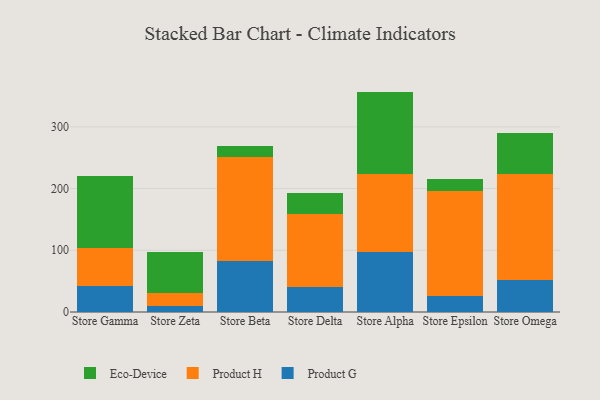
{"axis": {"x": "Store", "y": "Temperature (°C)"}, "legend": ["Eco-Device", "Product G", "Product H"], "data": [{"x": "Store Gamma", "y": 42.6, "type": "Product G"}, {"x": "Store Gamma", "y": 61.5, "type": "Product H"}, {"x": "Store Gamma", "y": 116.8, "type": "Eco-Device"}, {"x": "Store Zeta", "y": 10.5, "type": "Product G"}, {"x": "Store Zeta", "y": 20.8, "type": "Product H"}, {"x": "Store Zeta", "y": 65.6, "type": "Eco-Device"}, {"x": "Store Beta", "y": 83.4, "type": "Product G"}, {"x": "Store Beta", "y": 167.9, "type": "Product H"}, {"x": "Store Beta", "y": 17.0, "type": "Eco-Device"}, {"x": "Store Delta", "y": 41.2, "type": "Product G"}, {"x": "Store Delta", "y": 117.7, "type": "Product H"}, {"x": "Store Delta", "y": 34.6, "type": "Eco-Device"}, {"x": "Store Alpha", "y": 97.5, "type": "Product G"}, {"x": "Store Alpha", "y": 126.2, "type": "Product H"}, {"x": "Store Alpha", "y": 133.4, "type": "Eco-Device"}, {"x": "Store Epsilon", "y": 25.2, "type": "Product G"}, {"x": "Store Epsilon", "y": 171.5, "type": "Product H"}, {"x": "Store Epsilon", "y": 18.0, "type": "Eco-Device"}, {"x": "Store Omega", "y": 52.2, "type": "Product G"}, {"x": "Store Omega", "y": 171.5, "type": "Product H"}, {"x": "Store Omega", "y": 66.0, "type": "Eco-Device"}]}